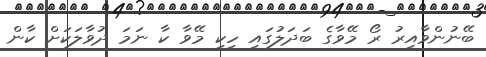
ބޭނުންވާއިރު ރޯ މޭވާގެ ބަދަލުގައި ހިކި މޭވާ ކާ ނަމަ ދުވާލަކަށް ކާން